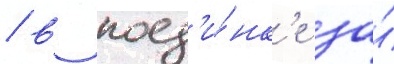
/ в поед'и́нк'е за́